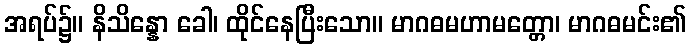
အရပ်၌။ နိသိန္နော ခေါ၊ ထိုင်နေပြီးသော။ မာဂဓမဟာမတ္တော၊ မာဂဓမင်း၏